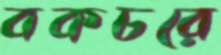
বকচরে